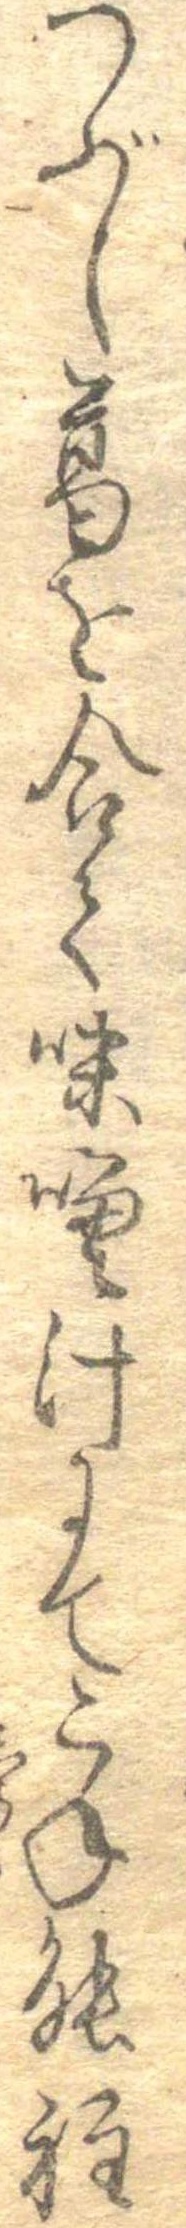
つぶし葛を合て味噌汁にてこね能程